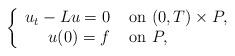
LaTeX: \begin{align*}\begin{aligned}\left\{\begin{array}{rl}u_t-Lu=0 & \hbox{ on } (0,T)\times P,\\ u(0) = f& \hbox{ on } P, \end{array} \right.\end{aligned}\end{align*}